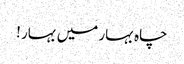
چاہ بہار میں بہار !